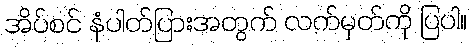
အိပ်စင် နံပါတ်ပြားအတွက် လက်မှတ်ကို ပြပါ။